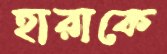
হারাকে